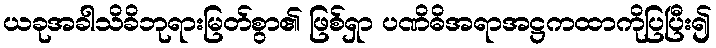
ယခုအခါသိခိဘုရားမြတ်စွာ၏ ဖြစ်ရှာ ပဏိဓိအရာအဋ္ဌကထာကိုပြပြီး၍